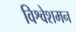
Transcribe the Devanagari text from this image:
विश्वेशमन